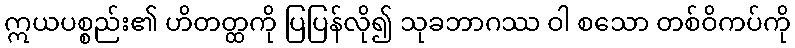
ဣယပစ္စည်း၏ ဟိတတ္ထကို ပြပြန်လို၍ သုခဘာဂဿ ဝါ စသော တစ်ဝိကပ်ကို